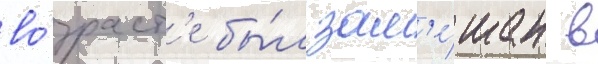
во́зраст'е бы́л зам'е́шан в